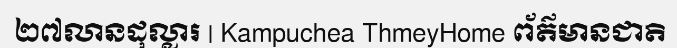
២៧លានដុល្លារ | Kampuchea ThmeyHome ព័ត៌មានជាតិ